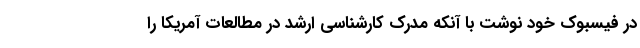
در فیسبوک خود نوشت با آنکه مدرک کارشناسی ارشد در مطالعات آمریکا را